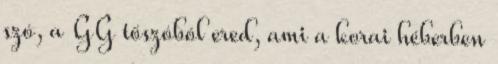
szó, a GG tőszóból ered, ami a korai héberben